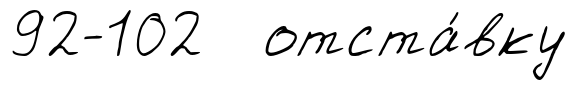
92-102 отста́вку